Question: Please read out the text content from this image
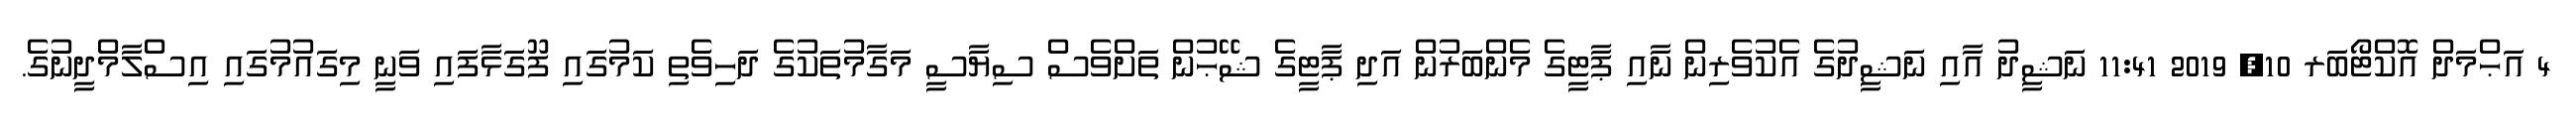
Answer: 4 އަޙްމަދް އޮކްޓޯބަރ 10, 2019 11:41 ނަޝީދު އާއި ނަޝީދުގެ އެކުވެރިން ނާއި ޕާޓީގެ މެންބަރުން އަދި ޕާޓީގެ ޝޭޙުން ތަށްވެސް ސިޔާސީ މަގާމުތަކުގެ ދަހިވެތި ކަމުގައި ފޫގަޅާފައި ވަނީ މިގައުމުގައި އިސްލާމްދީނުގެ.